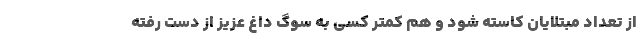
از تعداد مبتلایان کاسته شود و هم کمتر کسی به سوگ داغ عزیز از دست رفته